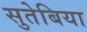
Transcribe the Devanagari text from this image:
सुतेबिया